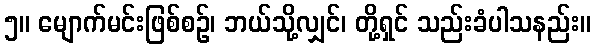
၅။ မျောက်မင်းဖြစ်စဉ်၊ ဘယ်သို့လျှင်၊ တို့ရှင် သည်းခံပါသနည်း။